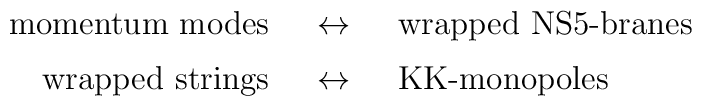
\begin{array}[b]{rcl}\mbox{momentum modes} & ~\leftrightarrow ~& \mbox{wrapped NS5-branes}\\[1ex]\mbox{wrapped strings} & ~\leftrightarrow~ & \mbox{KK-monopoles}\\\end{array}